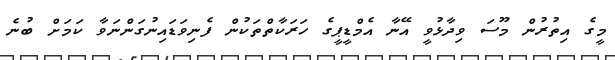
މީގެ އިތުރުން މޫސަ ވިދާޅުވީ އޭނާ އެމްޑީޕީގެ ހަރަކާތްތަކުން ފެނިވަޑައިނުގަންނަވާ ކަމަށް ބުނެ